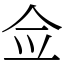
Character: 佥